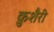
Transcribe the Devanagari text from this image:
क़ुशैरी